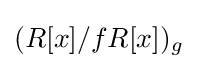
(R[x]/fR[x])_{g}